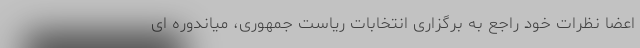
اعضا نظرات خود راجع به برگزاری انتخابات ریاست جمهوری، میاندوره ای